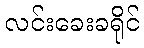
လင်းခေးခရိုင်